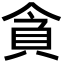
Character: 貪